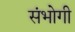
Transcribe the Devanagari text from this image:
संभोगी